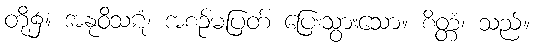
တို့၌။ အနုဝိသဋံ၊ အစဉ်မပြတ် ပြေးသွားသော။ စိတ္တံ၊ သည်။